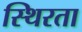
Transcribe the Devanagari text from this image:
स्थिरता